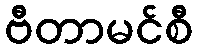
ဗီတာမင်စီ